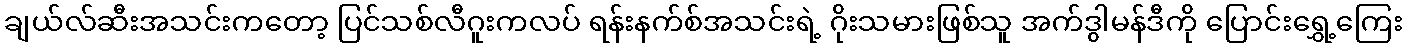
ချယ်လ်ဆီးအသင်းကတော့ ပြင်သစ်လီဂူးကလပ် ရန်းနက်စ်အသင်းရဲ့ ဂိုးသမားဖြစ်သူ အက်ဒွါမန်ဒီကို ပြောင်းရွှေ့ကြေး